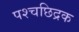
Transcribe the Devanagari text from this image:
पश्चछिद्रक